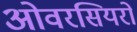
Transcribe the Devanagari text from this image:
ओवरसियरों